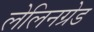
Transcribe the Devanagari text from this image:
लेलिनग्रेड